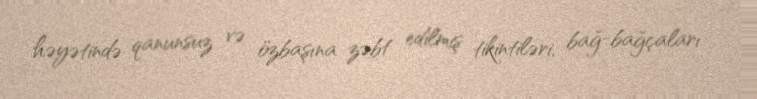
həyətində qanunsuz və özbaşına zəbt edilmiş tikintiləri, bağ-bağçaları